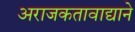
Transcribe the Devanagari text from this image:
अराजकतावाद्याने